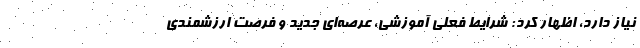
نیاز دارد، اظهار کرد: شرایط فعلی آموزشی، عرصه‌ای جدید و فرصت ارزشمندی